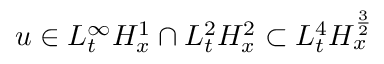
u \in L _ { t } ^ { \infty } H _ { x } ^ { 1 } \cap L _ { t } ^ { 2 } H _ { x } ^ { 2 } \subset L _ { t } ^ { 4 } H _ { x } ^ { \frac { 3 } { 2 } }